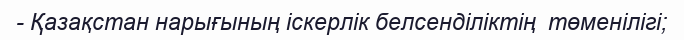
- Қазақстан нарығының іскерлік белсенділіктің  төменілігі;